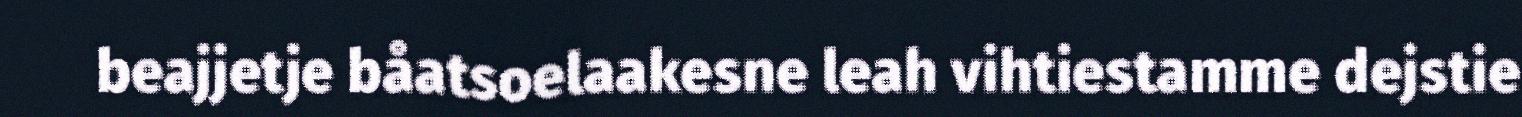
beajjetje båatsoelaakesne leah vihtiestamme dejstie